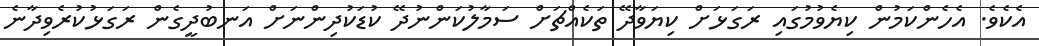
އެކެވެ. އެހެންކަމުން ކިޔެވުމުގައި ރަގަޅަށް ކިޔަވާދޭ ތަކެއްޗަށް ސަމާލުކަންނުދޭ ކުޑަކުދިންނަށް އަނބުދީގެން ރަގަޅުކުރެވިދާނެ